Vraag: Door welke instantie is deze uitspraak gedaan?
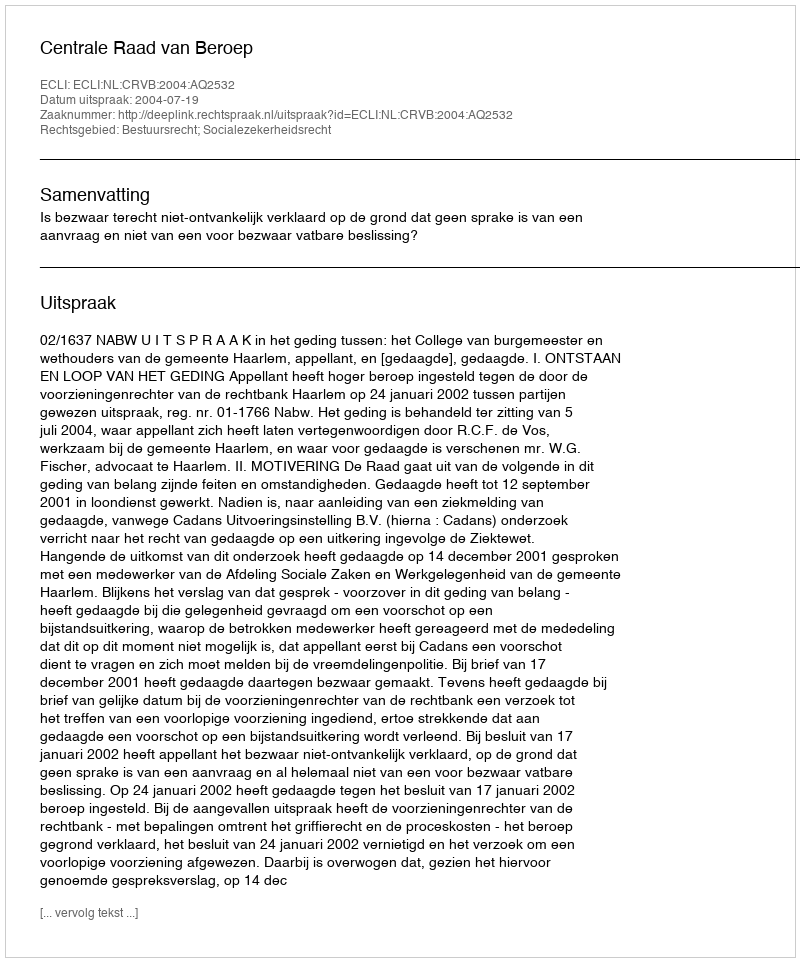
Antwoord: Centrale Raad van Beroep